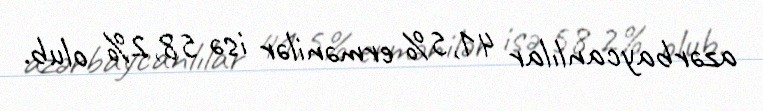
azərbaycanlılar 41,5% ermənilər isə 58,2% olub.